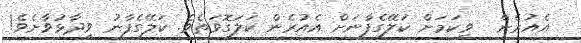
އެއުރެން  ވީކަމަށް ކަލޭގެފާނަށް އެއުރެން ކަލަގޮވަތެވެ. ކަލޭގެފާނު ވިދާޅުވާށެވެ!